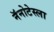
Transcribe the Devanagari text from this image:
नॅनोटेस्ला